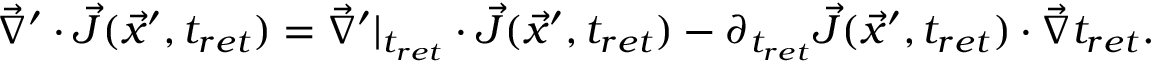
\vec { \nabla } ^ { \prime } \cdot \vec { J } ( \vec { x } ^ { \prime } , t _ { r e t } ) = \vec { \nabla } ^ { \prime } | _ { t _ { r e t } } \cdot \vec { J } ( \vec { x } ^ { \prime } , t _ { r e t } ) - \partial _ { t _ { r e t } } \vec { J } ( \vec { x } ^ { \prime } , t _ { r e t } ) \cdot \vec { \nabla } t _ { r e t } .